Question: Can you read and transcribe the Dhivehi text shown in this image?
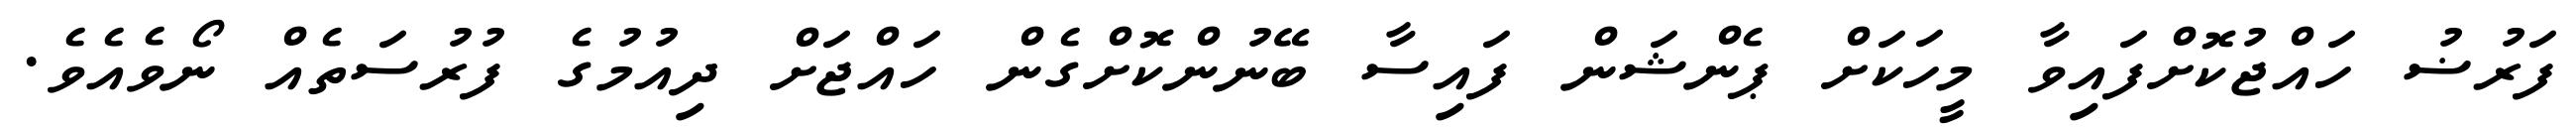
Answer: ފަރުޟު ހައްޖުކޮށްފައިވާ މީހަކަށް ޕެންޝަން ފައިސާ ބޭނުންކޮށްގެން ހައްޖަށް ދިއުމުގެ ފުރުސަތެއް ނޯވެއެވެ.